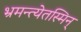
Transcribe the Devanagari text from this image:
भ्रमन्त्येतस्मिन्